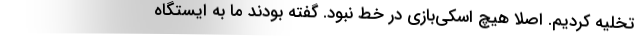
تخلیه کردیم. اصلا هیچ اسکی‌بازی در خط نبود. گفته بودند ما به ایستگاه